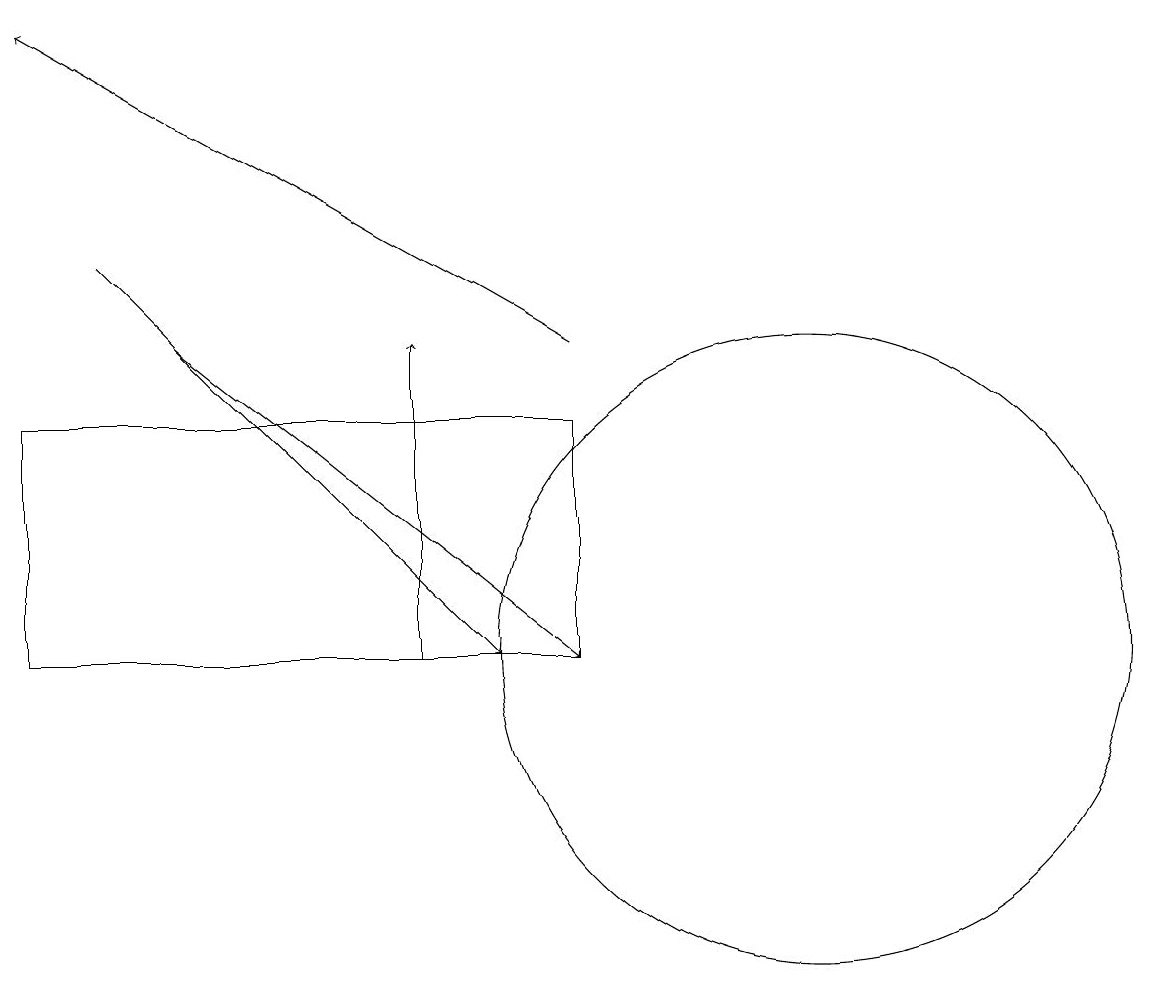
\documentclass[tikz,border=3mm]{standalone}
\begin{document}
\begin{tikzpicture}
\draw (7,14) rectangle (0,11);
\draw[->] (5,11) -- (5,15);
\draw[->] (1,16) -- (6,11);
\draw (10,11) circle (4);
\draw[->] (7,15) -- (0,19);
\draw[->] (2,15) -- (7,11);
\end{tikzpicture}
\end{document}